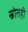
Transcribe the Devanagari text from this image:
स्रोतही